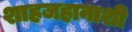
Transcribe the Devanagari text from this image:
शाहजहानाशी